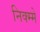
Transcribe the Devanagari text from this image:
निक्म्मे